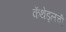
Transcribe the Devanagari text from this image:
कॅथेड्र्लची